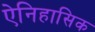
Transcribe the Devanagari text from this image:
ऐनिहासिक